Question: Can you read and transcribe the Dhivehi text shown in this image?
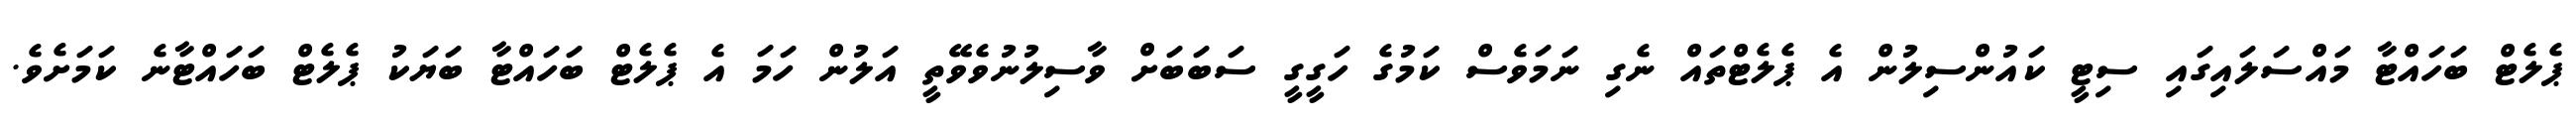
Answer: ޕެލެޓް ބަހައްޓާ މައްސަލައިގައި ސިޓީ ކައުންސިލުން އެ ޕެލެޓްތައް ނެގި ނަމަވެސް ކަމުގެ ހަގީގީ ސަބަބަށް ވާސިލުނުވެވޭތީ އަލުން ހަމަ އެ ޕެލެޓް ބަހައްޓާ ބަޔަކު ޕެލެޓް ބަހައްޓާނެ ކަމަށެވެ.